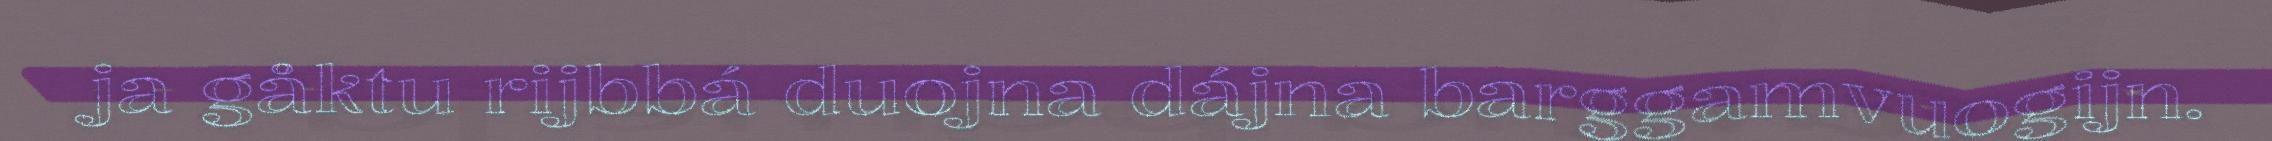
ja gåktu rijbbá duojna dájna barggamvuogijn.